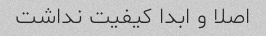
اصلا و ابدا کیفیت نداشت